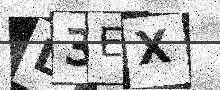
Text: L3EX